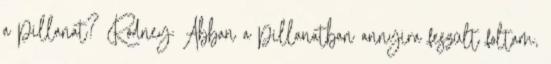
a pillanat? Rodney: Abban a pillanatban annyira feszült foltam,